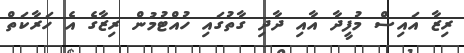
ރިޒާ އައިސް މުފީދާ އާއި ދާދި ގާތުގައި ހުއްޓުމުން ރިޒާގެ އެ ހަރާކަތް